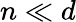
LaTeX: n\ll d